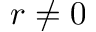
r \neq 0